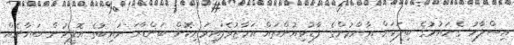
އިސްލާހު ގެނައުމުގެ ބިލަކަށް އާންމުންގެ ފާޑުކިއުންތައް އަމާޒުވެފައިވަނިކޮށް ބަންޑާރަ ނައިބުގެ އޮފީހުން ބަޔާނެއް